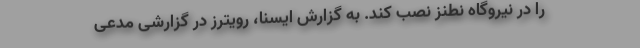
را در نیروگاه نطنز نصب کند. به گزارش ایسنا، رویترز در گزارشی مدعی